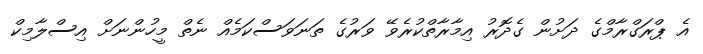
އެ ޕްރަގްރާމްގެ ދަށުން ގެދޮރު އިމާރާތްކުރެވޭ ވަރުގެ ތަނަވަސްކަމެއް ނެތް މީހުންނަށް އިސްލާމިކް